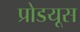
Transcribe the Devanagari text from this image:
प्रोडयूस